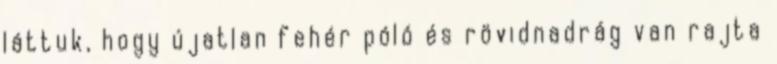
láttuk, hogy újatlan fehér póló és rövidnadrág van rajta